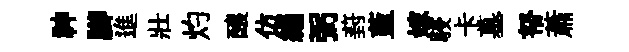
神腳進壯灼醸仿緇弼葑藍嫁駸卡墓帑蕭